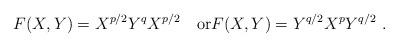
LaTeX: \begin{align*}F(X,Y) = X^{p/2}Y^qX^{p/2} \quad{\rm or}F(X,Y) = Y^{q/2}X^pY^{q/2}\ .\end{align*}